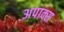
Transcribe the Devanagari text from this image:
अपाक्स